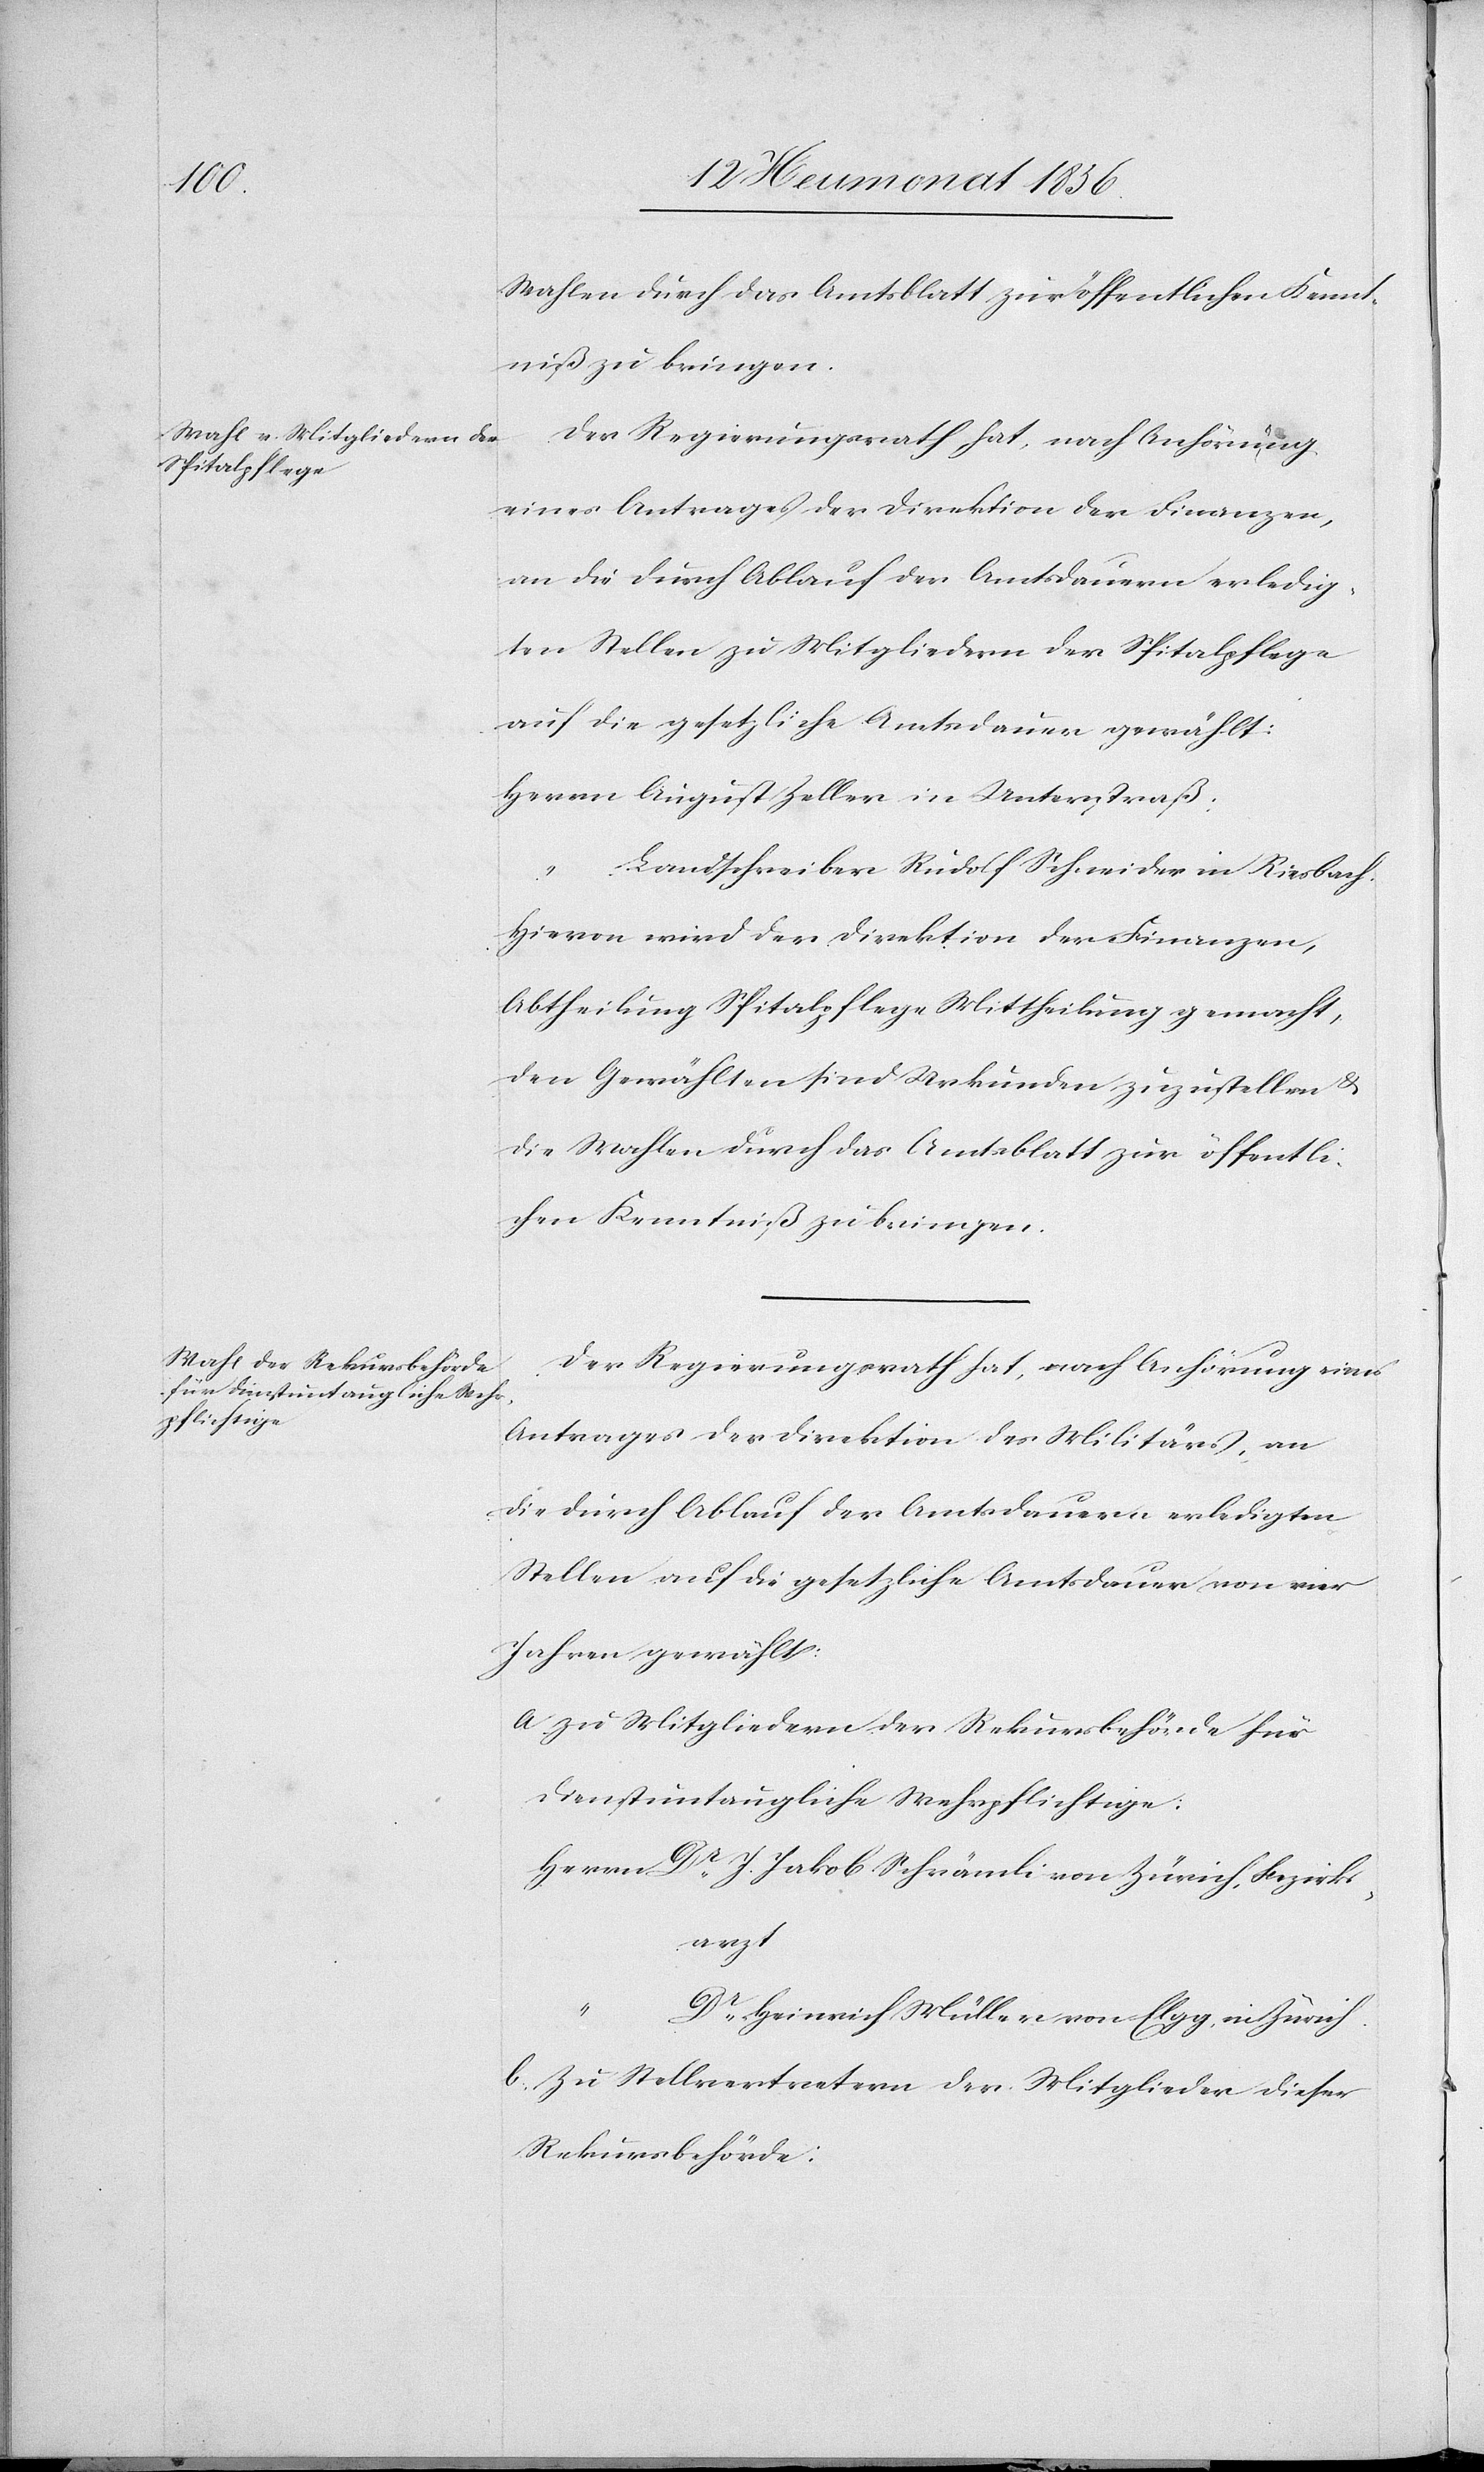
Wahlen durch das Amtsblatt zur öffentlichen Kennt¬
niß zu bringen.
Der Regierungsrath hat, nach Anhörung
eines Antrages der Direktion der Finanzen,
an die durch Ablauf der Amtsdauern erledig¬
ten Stellen zu Mitgliedern der Spitalpflege
auf die gesetzliche Amtsdauer gewählt:
Herrn August Zeller in Unterstraß:
Landschreiber Rudolf Schneider in Riesbach.
Hievon wird der Direktion der Finanzen,
Abtheilung Spitalpflege Mittheilung gemacht,
den Gewählten sind Urkunden zuzustellen &
die Wahlen durch das Amtsblatt zur öffentli¬
chen Kenntniß zu bringen.
Der Regierungsrath hat, nach Anhörung eines
Antrages der Direktion des Militärs, an
die durch Ablauf der Amtsdauern erledigten
Stellen auf die gesetzliche Amtsdauer von vier
Jahren gewählt:
a. zu Mitgliedern der Rekursbehörde für
dienstuntaugliche Wehrpflichtige:
Herrn Dr J. Jakob Schrämli von Zürich, Bezirks¬
arzt
Dr Heinrich Müller von Elgg, in Zürich.
b. Zu Stellvertretern der Mitglieder dieser
Rekursbehörde: